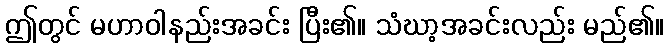
ဤတွင် မဟာဝါနည်းအခင်း ပြီး၏။ သံဃာ့အခင်းလည်း မည်၏။